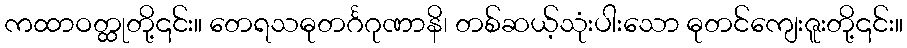
ကထာဝတ္ထုတို့၎င်း။ တေရသဓုတင်္ဂဂုဏာနိ၊ တစ်ဆယ့်သုံးပါးသော ဓုတင်ကျေးဇူးတို့၎င်း။